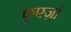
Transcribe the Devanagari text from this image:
फुएर्ज़ा